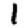
Digit: 1